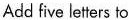
Add five letterl to